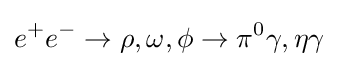
e^{+}e^{-}\to \rho ,\omega ,\phi \to \pi ^{0}\gamma ,\eta \gamma